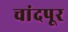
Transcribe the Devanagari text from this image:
चांदपूर